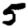
Digit: 5